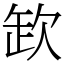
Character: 欫